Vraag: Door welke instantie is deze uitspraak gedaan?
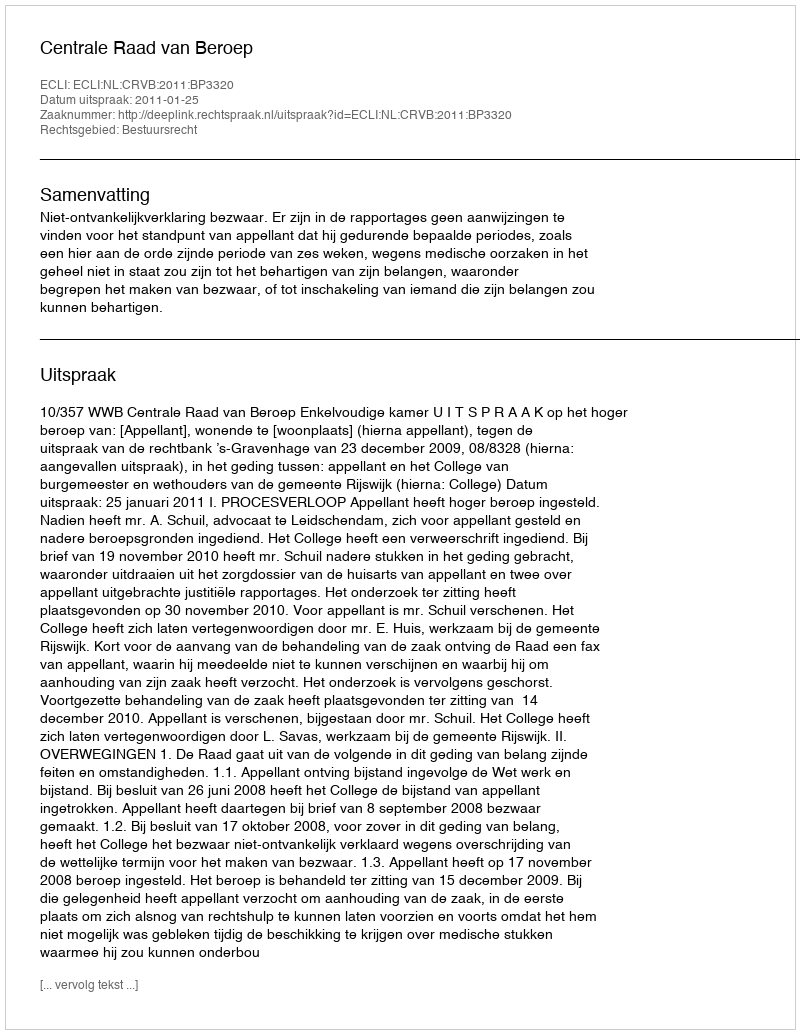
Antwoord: Centrale Raad van Beroep